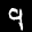
Label: 9